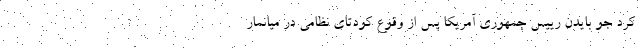
کرد جو بایدن رییس جمهوری آمریکا پس از وقوع کودتای نظامی در میانمار